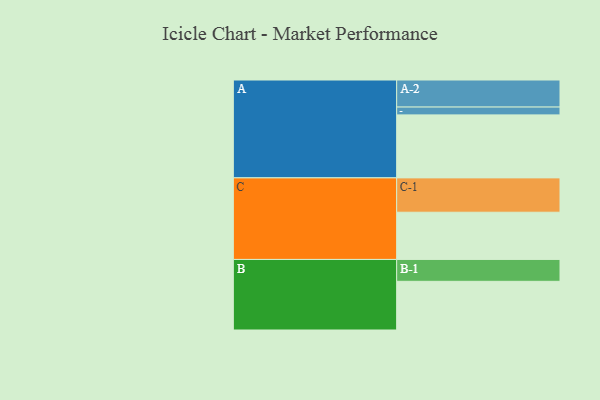
{"axis": {"x": "Segment", "y": "Value"}, "legend": ["", "A", "B", "C"], "data": [{"x": "A", "y": 475, "type": ""}, {"x": "B", "y": 367, "type": ""}, {"x": "C", "y": 356, "type": ""}, {"x": "A-1", "y": 59, "type": "A"}, {"x": "A-2", "y": 204, "type": "A"}, {"x": "B-1", "y": 165, "type": "B"}, {"x": "C-1", "y": 259, "type": "C"}]}